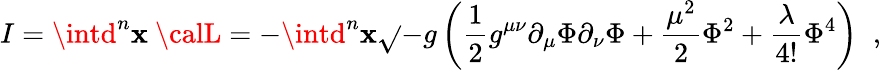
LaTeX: I=\intd^{n}\mathbf{x}~{\calL}=-\intd^{n}\mathbf{x}\sqrt{}{{-g}}\left(\frac{{1}}{{2}}g^{\mu\nu}\partial_{\mu}\Phi\partial_{\nu}\Phi+\frac{{\mu^{2}}}{{2}}\Phi^{2}+\frac{{\lambda}}{{4!}}\Phi^{4}\right)\; \; ,